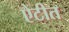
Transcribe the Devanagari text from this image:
ऐटीत